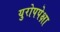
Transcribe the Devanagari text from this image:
युरोपपेक्षा